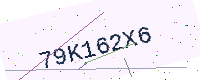
Text: 79K162X6